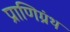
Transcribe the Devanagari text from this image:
प्राणिग्रंथ